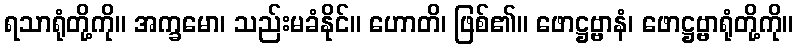
ရသာရုံတို့ကို။ အက္ခမော၊ သည်းမခံနိုင်။ ဟောတိ၊ ဖြစ်၏။ ဖောဋ္ဌဗ္ဗာနံ၊ ဖောဋ္ဌဗ္ဗာရုံတို့ကို။